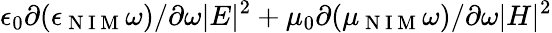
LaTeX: \epsilon_{0}\partial(\epsilon_{\mathrm{~N~I~M~}}\omega)/\partial\omega|E|^{2}+\mu_{0}\partial(\mu_{\mathrm{~N~I~M~}}\omega)/\partial\omega|H|^{2}